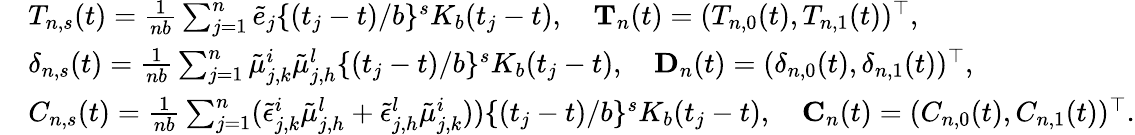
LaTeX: \begin{array}{rl}&{T_{n,s}(t)=\frac{1}{nb}\sum_{j=1}^{n}\tilde{e}_{j}\{ (t_{j}-t)/b\} ^{s}K_{b}(t_{j}-t),\quad\mathbf T_{n}(t)=(T_{n,0}(t),T_{n,1}(t))^{\top},}\\ &{\delta_{n,s}(t)=\frac{1}{nb}\sum_{j=1}^{n}\tilde{\mu}_{j,k}^{i}\tilde{\mu}_{j,h}^{l}\{ (t_{j}-t)/b\} ^{s}K_{b}(t_{j}-t),\quad\mathbf D_{n}(t)=(\delta_{n,0}(t),\delta_{n,1}(t))^{\top},}\\ &{C_{n,s}(t)=\frac{1}{nb}\sum_{j=1}^{n}(\tilde{\epsilon}_{j,k}^{i}\tilde{\mu}_{j,h}^{l}+\tilde{\epsilon}_{j,h}^{l}\tilde{\mu}_{j,k}^{i}))\{ (t_{j}-t)/b\} ^{s}K_{b}(t_{j}-t),\quad\mathbf C_{n}(t)=(C_{n,0}(t),C_{n,1}(t))^{\top}.}\end{array}